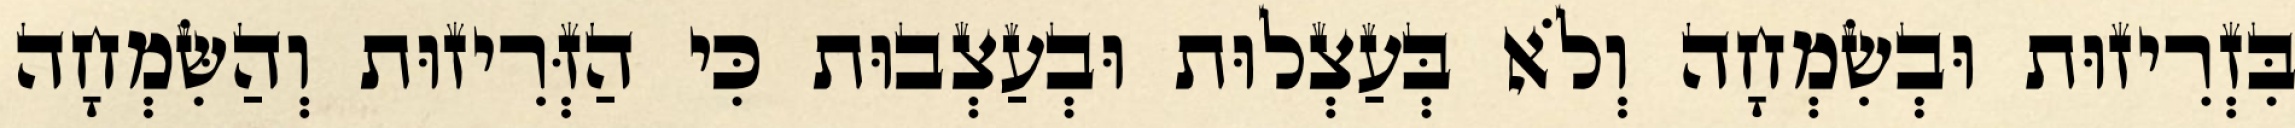
בִּזְרִיזוּת וּבְשִׂמְחָה וְלֹא בְּעַצְלוּת וּבְעַצְבוּת כִּי הַזְּרִיזוּת וְהַשִּׂמְחָה